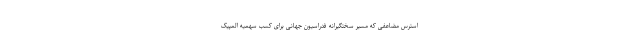
استرس مضاعفی که مسیر سختگیرانه فدراسیون جهانی برای کسب سهمیه المپیک